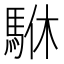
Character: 䮌